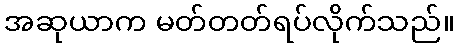
အဆုယာက မတ်တတ်ရပ်လိုက်သည်။